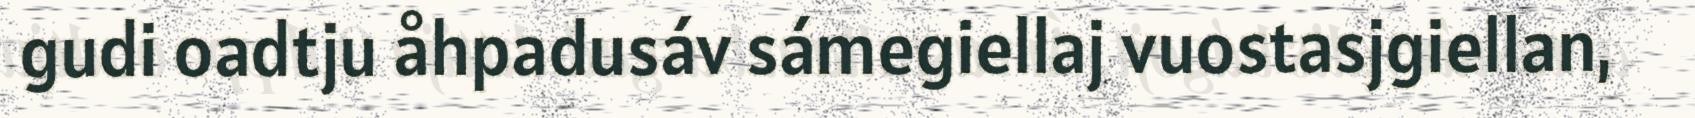
gudi oadtju åhpadusáv sámegiellaj vuostasjgiellan,